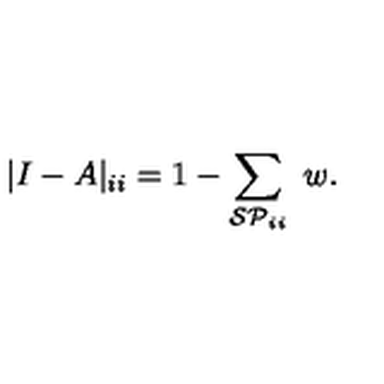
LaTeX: | I - A | _ { i i } = 1 - \sum _ { { \cal S P } _ { i i } } \ w .